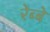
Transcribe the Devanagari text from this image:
रेब्बे